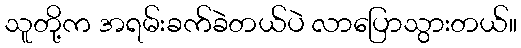
သူတို့က အရမ်းခက်ခဲတယ်ပဲ လာပြောသွားတယ်။